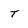
Character: T